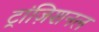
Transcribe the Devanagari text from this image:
ट्रांज़िशनल